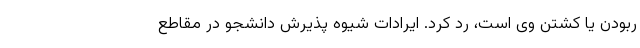
ربودن یا کشتن وی است، رد کرد. ایرادات شیوه پذیرش دانشجو در مقاطع